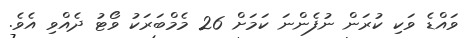
ވައްޑެ ވަކި ކުރަން ނުފެންނަ ކަމަށް 26 މެމްބަރަކު ވޯޓު ދެއްވި އެވެ.